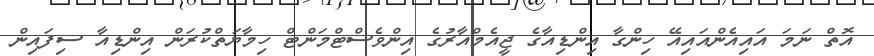
އޮތް ނަމަ އައިއެންއައިއޭ ހިންގާ އިންޑިއާގެ ޖީއެމްއާރުގެ އިންވެސްޓްމަންޓް ހިމާޔަތްކުރަން އިންޑިއާ ސިފައިން